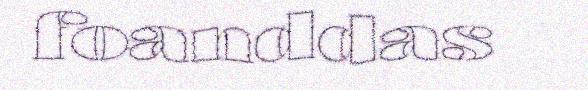
foanddas